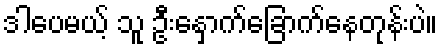
ဒါပေမယ့် သူ ဦးနှောက်ခြောက်နေတုန်းပဲ။